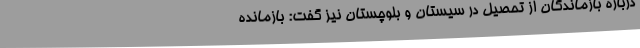
درباره بازماندگان از تحصیل در سیستان و بلوچستان نیز گفت: بازمانده